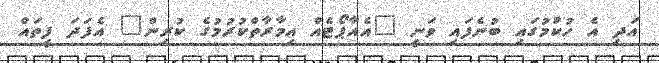
އަދި އެ ހުކުމުގައި ބުނެފައި ވަނީ "އެއާޕޯޓެއް އިމާރާތްކުރުމުގެ ކުރިން" އެފަދަ ފީތައް